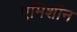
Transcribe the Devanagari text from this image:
एमिशॉन